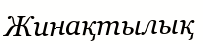
Жинақтылық